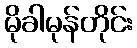
မိုခါမုန်တိုင်း